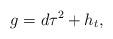
LaTeX: \begin{align*}g = d\tau^2 + h_{t},\end{align*}